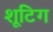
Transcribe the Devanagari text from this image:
शूटिग